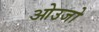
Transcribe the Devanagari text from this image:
ओउजो